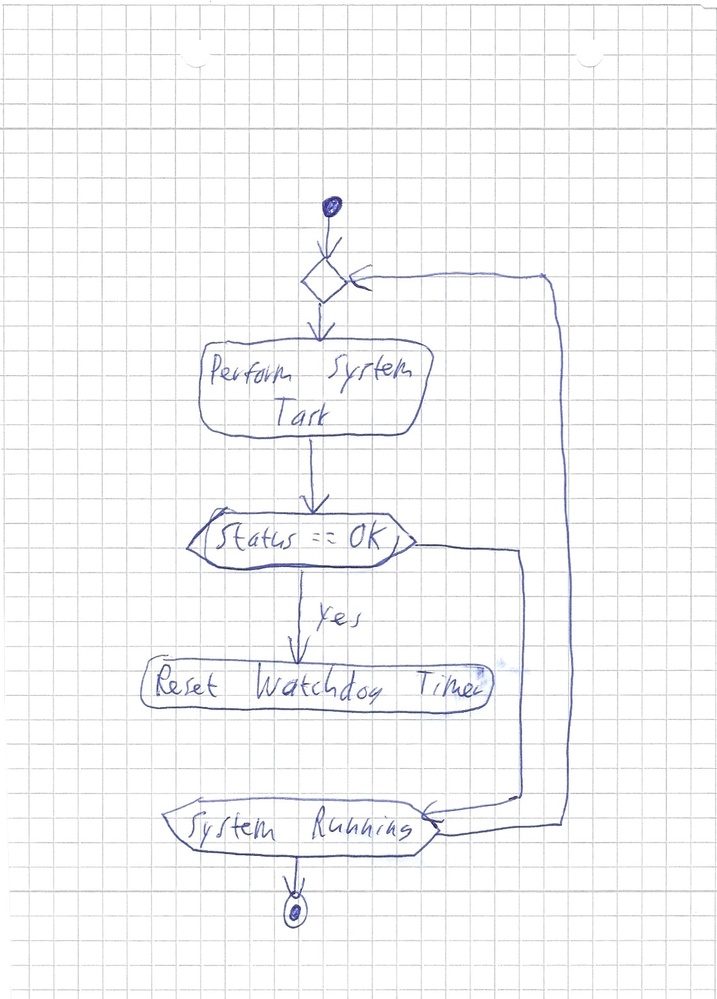
Diagram type: activity_diagram
```plantuml
@startuml

start
repeat
  :Perform System Task;
  if (Status == OK) then (yes)
    :Reset Watchdog Timer;
    detach
  endif
repeat while (System Running?)
stop

@enduml
```